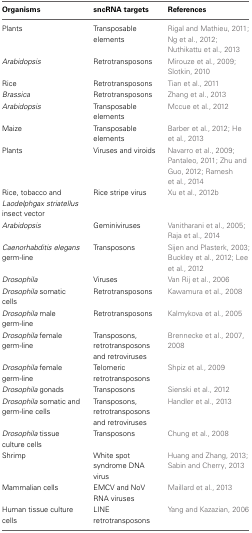
<table><thead><tr><td><b>Organisms</b></td><td><b>sncRNA targets</b></td><td><b>References</b></td></tr></thead><tbody><tr><td>Plants</td><td>Transposable elements</td><td>Rigal and Mathieu, 2011; Ng et al., 2012; Nuthikattu et al., 2013</td></tr><tr><td><i>Arabidopsis</i></td><td>Retrotransposons</td><td>Mirouze et al., 2009; Slotkin, 2010</td></tr><tr><td>Rice</td><td>Retrotransposons</td><td>Tian et al., 2011</td></tr><tr><td><i>Brassica</i></td><td>Retrotransposons</td><td>Zhang et al., 2013</td></tr><tr><td><i>Arabidopsis</i></td><td>Transposable elements</td><td>Mccue et al., 2012</td></tr><tr><td>Maize</td><td>Transposable elements</td><td>Barber et al., 2012; He et al., 2013</td></tr><tr><td>Plants</td><td>Viruses and viroids</td><td>Navarro et al., 2009; Pantaleo, 2011; Zhu and Guo, 2012; Ramesh et al., 2014</td></tr><tr><td>Rice, tobacco and <i>Laodelphgax striatellus</i> insect vector</td><td>Rice stripe virus</td><td>Xu et al., 2012b</td></tr><tr><td><i>Arabidopsis</i></td><td>Geminiviruses</td><td>Vanitharani et al., 2005; Raja et al., 2014</td></tr><tr><td><i>Caenorhabditis elegans</i> germ-line</td><td>Transposons</td><td>Sijen and Plasterk, 2003; Buckley et al., 2012; Lee et al., 2012</td></tr><tr><td><i>Drosophila</i></td><td>Viruses</td><td>Van Rij et al., 2006</td></tr><tr><td><i>Drosophila</i> somatic cells</td><td>Retrotransposons</td><td>Kawamura et al., 2008</td></tr><tr><td><i>Drosophila</i> male germ-line</td><td>Retrotransposons</td><td>Kalmykova et al., 2005</td></tr><tr><td><i>Drosophila</i> female germ-line</td><td>Transposons, retrotransposons and retroviruses</td><td>Brennecke et al., 2007, 2008</td></tr><tr><td><i>Drosophila</i> female germ-line</td><td>Telomeric retrotransposons</td><td>Shpiz et al., 2009</td></tr><tr><td><i>Drosophila</i> gonads</td><td>Transposons</td><td>Sienski et al., 2012</td></tr><tr><td><i>Drosophila</i> somatic and germ-line cells</td><td>Transposons, retrotransposons and retroviruses</td><td>Handler et al., 2013</td></tr><tr><td><i>Drosophila</i> tissue culture cells</td><td>Transposons</td><td>Chung et al., 2008</td></tr><tr><td>Shrimp</td><td>White spot syndrome DNA virus</td><td>Huang and Zhang, 2013; Sabin and Cherry, 2013</td></tr><tr><td>Mammalian cells</td><td>EMCV and NoV RNA viruses</td><td>Maillard et al., 2013</td></tr><tr><td>Human tissue culture cells</td><td>LINE retrotransposons</td><td>Yang and Kazazian, 2006</td></tr></tbody></table>